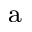
\mathrm { ^ a }